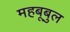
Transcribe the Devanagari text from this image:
महबूबुल